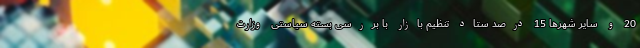
20 و سایر شهرها 15 درصد ستاد تنظیم بازار با بررسی بسته سیاستی وزارت